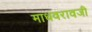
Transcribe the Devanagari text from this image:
माधवरावजी